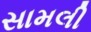
સામલી